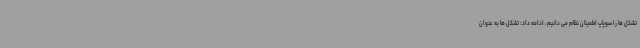
تشکل ها را سوپاپ اطمینان نظام می دانیم، ادامه داد: تشکل ها به عنوان